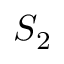
S _ { 2 }